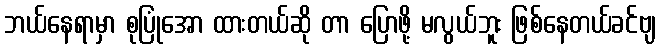
ဘယ်နေရာမှာ စုပြုံအော ထားတယ်ဆို တာ ပြောဖို့ မလွယ်ဘူး ဖြစ်နေတယ်ခင်ဗျ